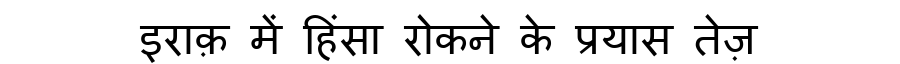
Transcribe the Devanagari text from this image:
इराक़ में हिंसा रोकने के प्रयास तेज़